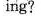
ing?